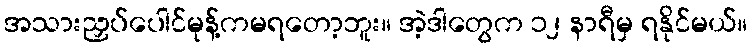
အသားညှပ်ပေါင်မုန့်ကမရတော့ဘူး။ အဲ့ဒါတွေက ၁၂ နာရီမှ ရနိုင်မယ်။